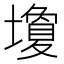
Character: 𪤩